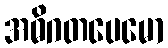
အဓိဂတပေမော